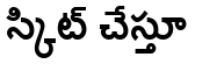
స్కిట్ చేస్తూ